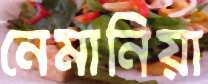
নেমানিয়া